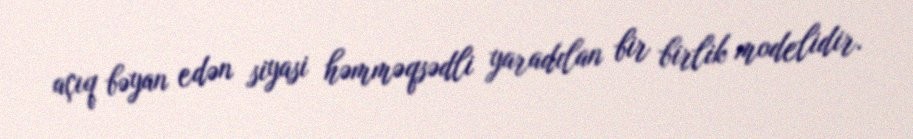
açıq bəyan edən siyasi həmməqsədli yaradılan bir birlik modelidir.